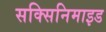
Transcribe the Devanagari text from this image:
सक्सिनिमाइड